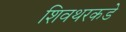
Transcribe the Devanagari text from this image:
शिवथरकडे